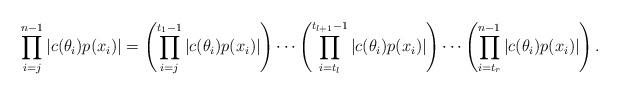
LaTeX: \begin{align*}\prod \limits_{i=j}^{n-1} |c(\theta_i)p(x_i)| = \left( \prod \limits_{i=j}^{t_1 - 1} |c(\theta_i)p(x_i)| \right) \cdots\left( \prod \limits_{i=t_l}^{t_{l+1} - 1} |c(\theta_i)p(x_i)| \right) \cdots \left( \prod \limits_{i=t_r}^{n - 1} |c(\theta_i)p(x_i)| \right).\end{align*}